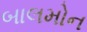
બાલમોન